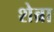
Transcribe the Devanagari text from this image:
शेब्रा